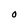
Character: O